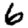
Digit: 6